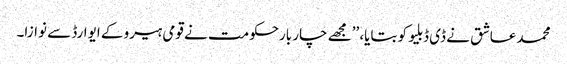
محمد عاشق نے ڈی ڈبلیو کو بتایا، ’’مجھے چار بارحکومت نے قومی ہیرو کے ایوارڈ سے نوازا۔